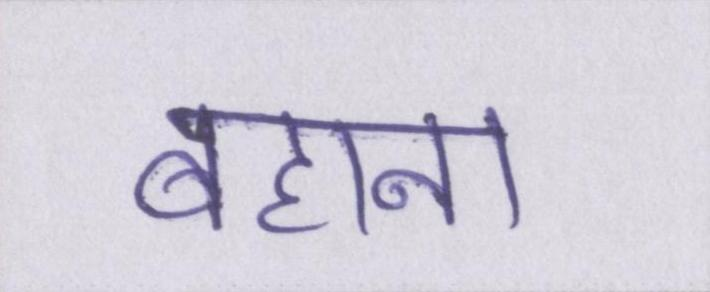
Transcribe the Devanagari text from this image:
बहाना